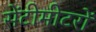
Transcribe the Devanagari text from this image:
सेंटीमीटरों